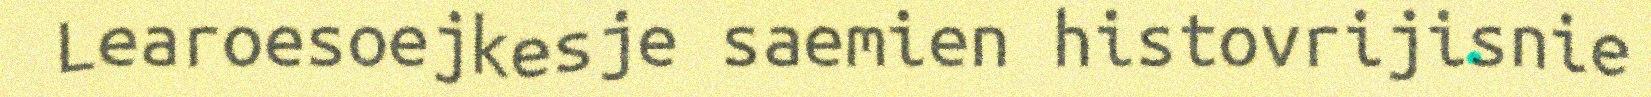
Learoesoejkesje saemien histovrijisnie